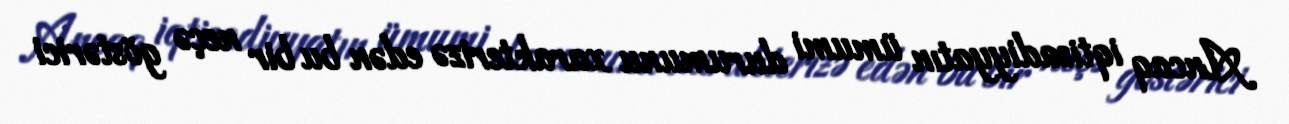
Ancaq iqtisadiyyatın ümumi durumunu xarakterizə edən bu bir neçə göstərici